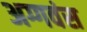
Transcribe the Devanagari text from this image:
अग्गवंस